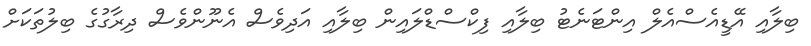
ބިލާއި އޭޑީއެސްއެލް އިންޓަނެޓު ބިލާއި ފިކްސްޑްލައިން ބިލާއި އަދިވެސް އެނޫންވެސް ދިރާގުގެ ބިލުތަކަށް